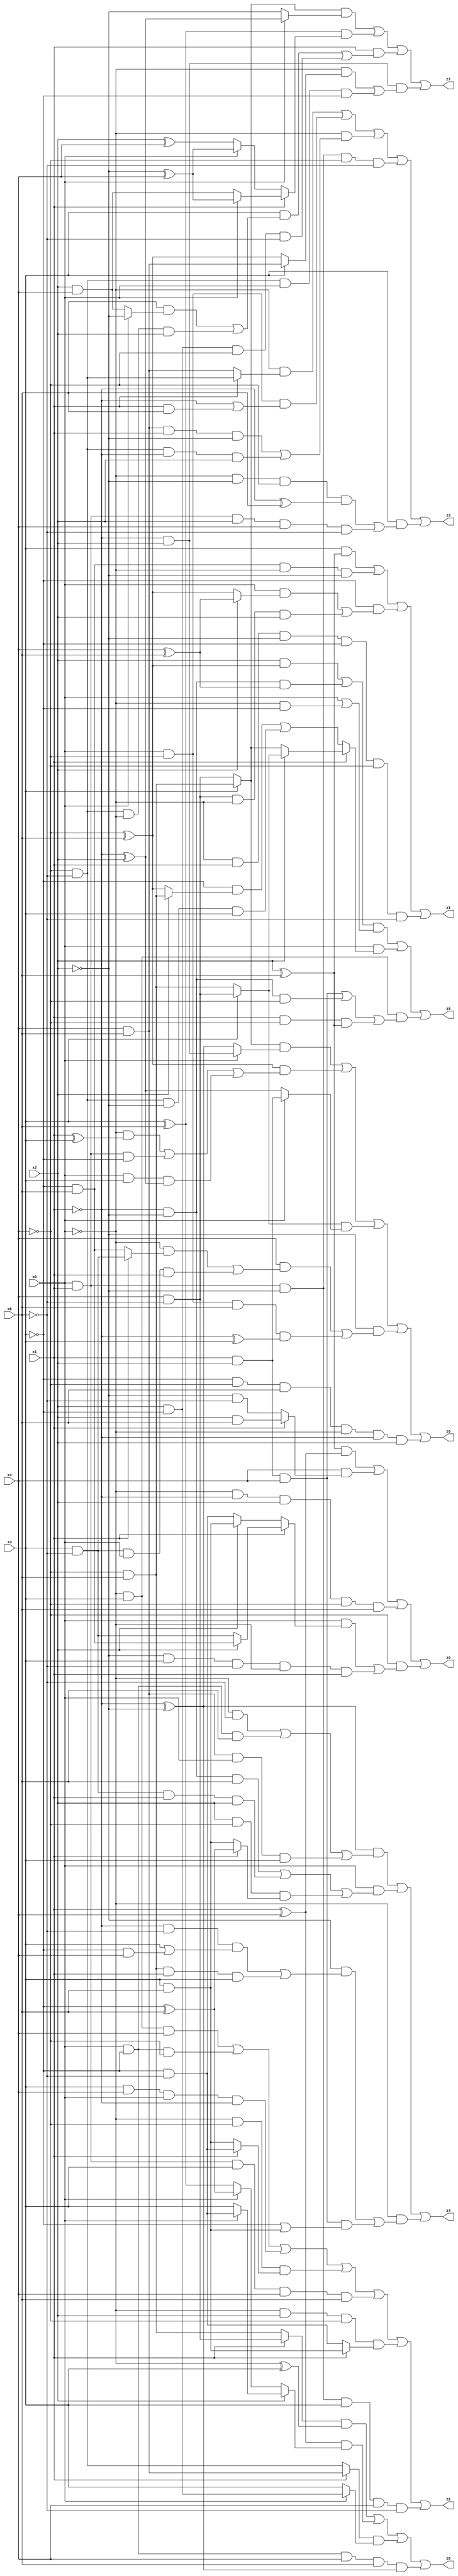
// Benchmark "X_15" written by ABC on Mon Jun 05 23:00:06 2023

module X_15 ( 
    x0, x1, x2, x3, x4, x5,
    z0, z1, z2, z3, z4, z5, z6, z7, z8  );
  input  x0, x1, x2, x3, x4, x5;
  output z0, z1, z2, z3, z4, z5, z6, z7, z8;
  assign z0 = ((x2 ^ x5) & (x1 ^ x4)) | (x4 & (x1 ? (x2 & x5) : (~x2 & ~x5))) | (~x0 & ~x1 & x2 & ~x4 & x5) | (~x4 & ((x0 & (x1 ? (x2 ? (~x3 & x5) : (x3 & ~x5)) : (x2 ? (x3 & x5) : (~x3 & ~x5)))) | (~x2 & x3 & ~x5 & ~x0 & x1)));
  assign z1 = (x3 & (x2 ^ x5)) | (~x3 & x5 & ~x0 & ~x2) | (~x3 & ((x0 & (x2 ? (x4 ^ x5) : (~x4 ^ x5))) | (x4 & ~x5 & ~x0 & x2))) | (~x0 & x1 & ~x2 & ~x3 & ~x4 & ~x5);
  assign z2 = (~x0 & x3 & x4) | (x0 & ~x3 & ~x4) | (x3 & x4 & x0 & ~x1) | (~x0 & ~x4 & (x1 ? (~x3 & ~x5) : (x3 & x5))) | (x0 & x1 & x3 & x4 & x5) | (~x0 & x2 & ~x4 & (x1 ? (x3 & x5) : (~x3 & ~x5))) | (x0 & x1 & ~x2 & x3 & x4 & ~x5);
  assign z3 = (~x0 & (x1 ? (~x4 & ~x5) : (x4 & x5))) | (x0 & ~x4 & (~x1 | (x1 & x5))) | (~x0 & ((x4 & x5 & x1 & ~x2) | (~x4 & ~x5 & ~x1 & x2))) | (x0 & x1 & ~x2 & ~x4 & ~x5) | (x3 & ((~x0 & ~x2 & ~x4 & (~x1 ^ x5)) | (x0 & x1 & x2 & x4 & ~x5)));
  assign z4 = ((~x1 ^ ~x2) & ((~x0 & ~x5) | (x0 & ~x3 & x5) | (x4 & x5 & x0 & x3))) | (x0 & ((~x1 & ~x2 & x5) | (x3 & ~x5 & x1 & x2) | (x2 & ~x4 & (x1 ? (~x3 ^ x5) : (x3 & x5))))) | (~x0 & ((~x2 & ((~x1 & ~x5 & (x3 | (~x3 & x4))) | (~x4 & x5 & x1 & x3))) | (x1 & x2 & x4 & (~x3 | (x3 & x5)))));
  assign z5 = (((x2 & (~x4 ^ x5)) | (~x1 & ~x2 & (x4 ^ x5))) & (x0 | (~x0 & ~x3))) | (x0 & (x1 ? (x2 ? (x3 ? (x4 & ~x5) : (~x4 & x5)) : (x3 ? (~x4 & x5) : (x4 & ~x5))) : ((~x3 & (x2 ? (~x4 & x5) : (~x4 ^ x5))) | (~x4 & ~x5 & ~x2 & x3)))) | (~x0 & x3 & ((x1 & x2 & x4) | (~x1 & ~x2 & ~x4) | (x1 & ~x4 & (x2 ^ x5))));
  assign z6 = ((x3 ? (~x4 & x5) : (x4 & ~x5)) & (x0 ? (~x1 & x2) : (~x1 ^ ~x2))) | ((~x4 ^ x5) & ((~x0 & (x1 ^ x3)) | (x0 & x1 & ~x3) | (x0 & x3 & (~x1 ^ x2)))) | ((x3 ? (x4 & ~x5) : (~x4 & x5)) & (x0 ? (x1 & x2) : (~x1 ^ x2))) | (~x2 & ((x4 & ((~x0 & (x1 ? (x3 & ~x5) : (~x3 & x5))) | (x3 & ~x5 & x0 & x1))) | (x0 & ~x4 & x5 & (~x1 ^ x3)))) | (~x3 & ~x4 & x5 & ~x0 & ~x1 & x2);
  assign z7 = ((x3 ? (~x4 & x5) : (x4 & ~x5)) & (x0 ? (~x1 ^ x2) : ~x2)) | ((x3 ^ x5) & (x1 ? (x0 ? (~x2 ^ x4) : (x2 & x4)) : (x0 ? (~x2 ^ x4) : (x2 ^ x4)))) | (x1 & ((x3 & ((x5 & (x0 ? ~x2 : (x2 & x4))) | (~x4 & ~x5 & ~x0 & x2))) | (x2 & ~x3 & ~x4 & ~x5))) | (~x1 & x2 & ((~x0 & (x3 ? (x4 & x5) : (~x4 ^ x5))) | (~x4 & ~x5 & x0 & ~x3)));
  assign z8 = ((x1 ? (x4 & ~x5) : (~x4 & x5)) & (~x0 ^ x3)) | ((x1 ^ x4) & (x2 ? (x0 ? (~x3 & ~x5) : x3) : (x0 ? (~x3 ^ x5) : (x3 ^ x5)))) | ((x1 ? (x4 & x5) : (~x4 & ~x5)) & (x0 ? (x2 & ~x3) : x3)) | (x0 & ~x3 & x4 & x5 & (~x1 ^ ~x2));
endmodule